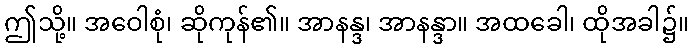
ဤသို့။ အဝေါစုံ၊ ဆိုကုန်၏။ အာနန္ဒ၊ အာနန္ဒာ။ အထခေါ၊ ထိုအခါ၌။